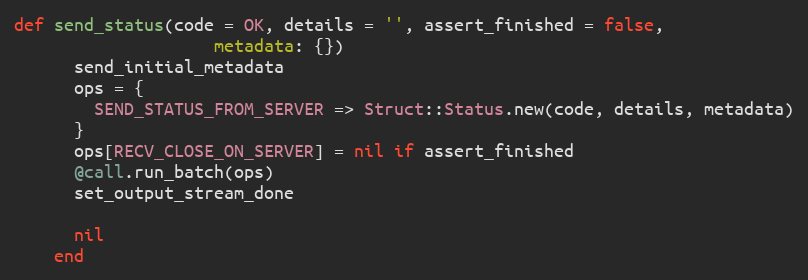
Language: Ruby
def send_status(code = OK, details = '', assert_finished = false,
                    metadata: {})
      send_initial_metadata
      ops = {
        SEND_STATUS_FROM_SERVER => Struct::Status.new(code, details, metadata)
      }
      ops[RECV_CLOSE_ON_SERVER] = nil if assert_finished
      @call.run_batch(ops)
      set_output_stream_done

      nil
    end